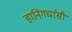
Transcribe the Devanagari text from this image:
हानिंगघांसी